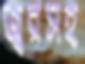
জ্বরসহ